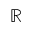
\mathbb { R }